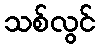
သစ်လွင်